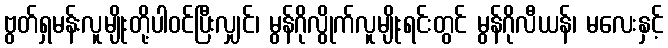
ဗွတ်ရှမန်းလူမျိုးတို့ပါဝင်ပြီးလျှင်၊ မွန်ဂိုလွိုက်လူမျိုးရင်းတွင် မွန်ဂိုလီယန်၊ မလေးနှင့်